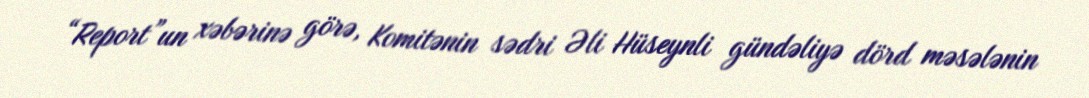
“Report”un xəbərinə görə, Komitənin sədri Əli Hüseynli gündəliyə dörd məsələnin